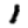
Digit: 1